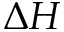
\Delta H